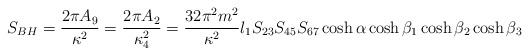
\begin{align*}S_{BH} = \frac{2\pi A_9}{\kappa^2} = \frac{2\pi A_2}{\kappa^2_4} =\frac{32\pi^2m^2}{\kappa^2} l_1S_{23}S_{45}S_{67} \cosh\alpha \cosh\beta_1 \cosh \beta_2 \cosh \beta_3\end{align*}